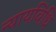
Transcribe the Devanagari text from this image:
न्यायविधि